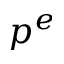
p ^ { e }